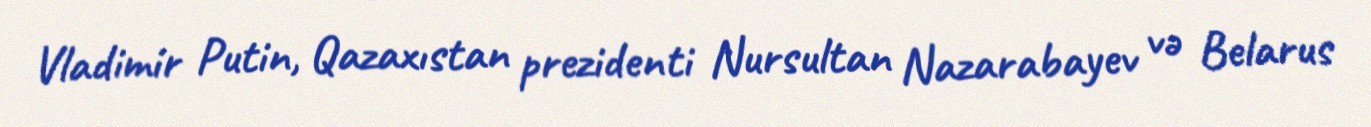
Vladimir Putin, Qazaxıstan prezidenti Nursultan Nazarabayev və Belarus